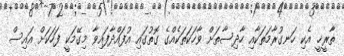
ތާރީޚީ އެކި ހަނގުރާމަތަކާއި ހާދިސާތަށް ވާހަކަތަކެއްގެ ގޮތުގައި އުފައްދާފައިވާ މިގޭމަކީ ފަހަކަށް އައިސް